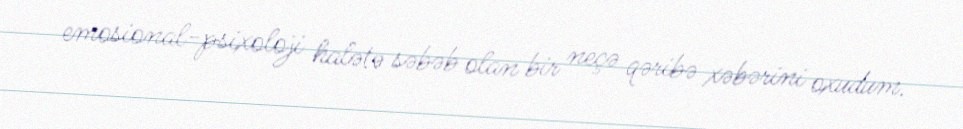
emosional-psixoloji halətə səbəb olan bir neçə qəribə xəbərini oxudum.